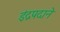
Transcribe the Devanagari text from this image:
इंद्रपदाने